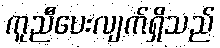
ကူညီပေးလျက်ရှိသည်